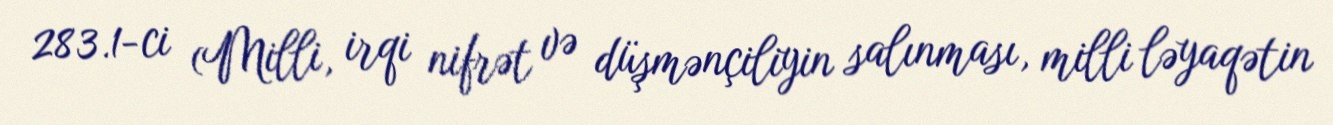
283.1-ci (Milli, irqi nifrət və düşmənçiliyin salınması, milli ləyaqətin